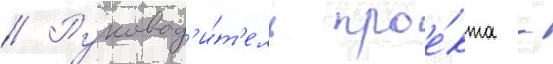
// Руковод'и́т'ель прое́кта -